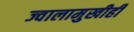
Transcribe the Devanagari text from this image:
ज्वालामुखीही